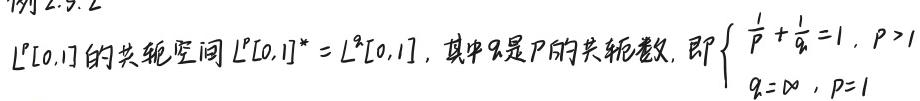
$L^p[0,1]$ 的共轭空间 $L^p[0,1]^* = L^q[0,1]$，其中 $q$ 是 $p$ 的共轭数，即 $\begin{cases} \frac{1}{p} + \frac{1}{q} = 1, & p>1 \\ q = \infty, & p = 1 \end{cases}$